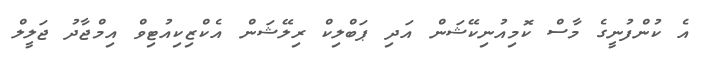
އެ ކުންފުނީގެ މާސް ކޮމިއުނިކޭޝަން އަދި ޕަބްލިކް ރިލޭޝަން އެކްޒިކިއުޓިވް އިމްޖާދު ޖަލީލް